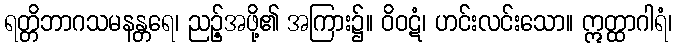
ရတ္တိဘာဂသမနန္တရေ၊ ညဉ့်အဖို့၏ အကြား၌။ ဝိဝဋံ၊ ဟင်းလင်းသော။ ဣတ္ထာဂါရံ၊